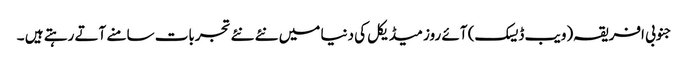
جنوبی افریقہ(ویب ڈیسک) آئے روز میڈیکل کی دنیا میں نئے نئے تجربات سامنے آتے رہتے ہیں ۔